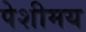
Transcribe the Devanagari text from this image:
पेशीमय